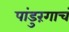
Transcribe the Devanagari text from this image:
पांडुरंगाचं